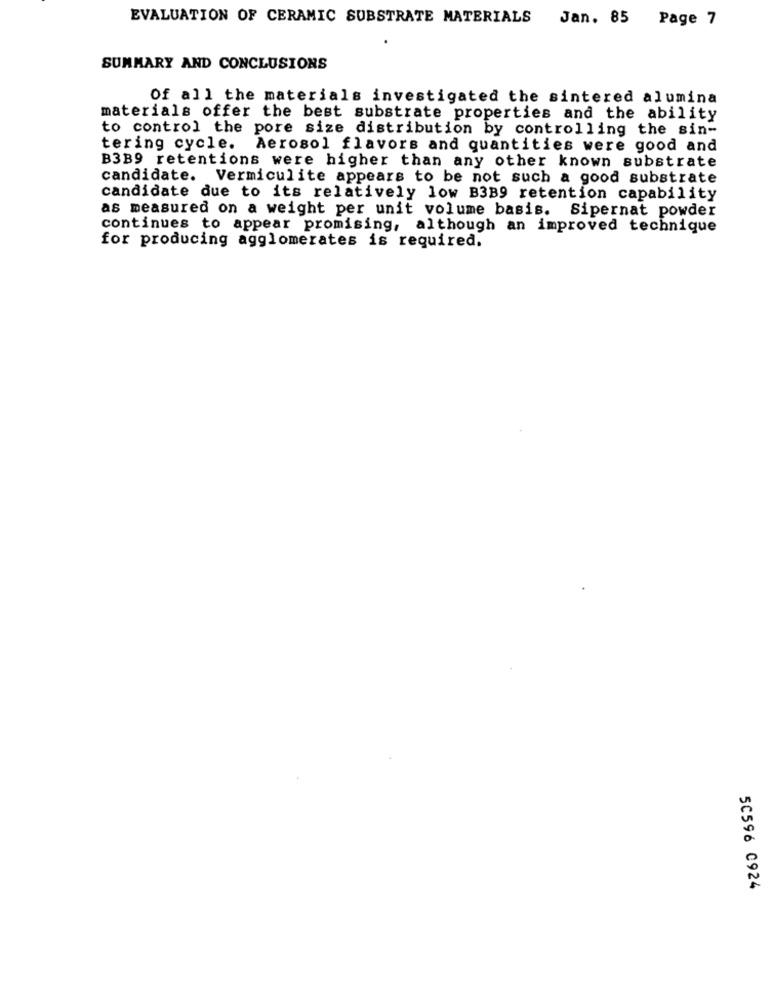
EVALUATION OF CERAMIC SUBSTRATE MATERIALS Jan. 85 Page 7
SUMMARY AND CONCLUSIONS
Of all the materials investigated the sintered alumina
materials offer the best substrate properties and the ability
to control the pore size distribution by controlling the sin-
tering cycle. Aerosol flavors and quantities were good and
B3B9 retentions were higher than any other known substrate
candidate. Vermiculite appears to be not such a good substrate
candidate due to its relatively low B3B9 retention capability
as measured on a weight per unit volume basis. Sipernat powder
continues to appear promising, although an improved technique
for producing agglomerates is required.
50596 0924